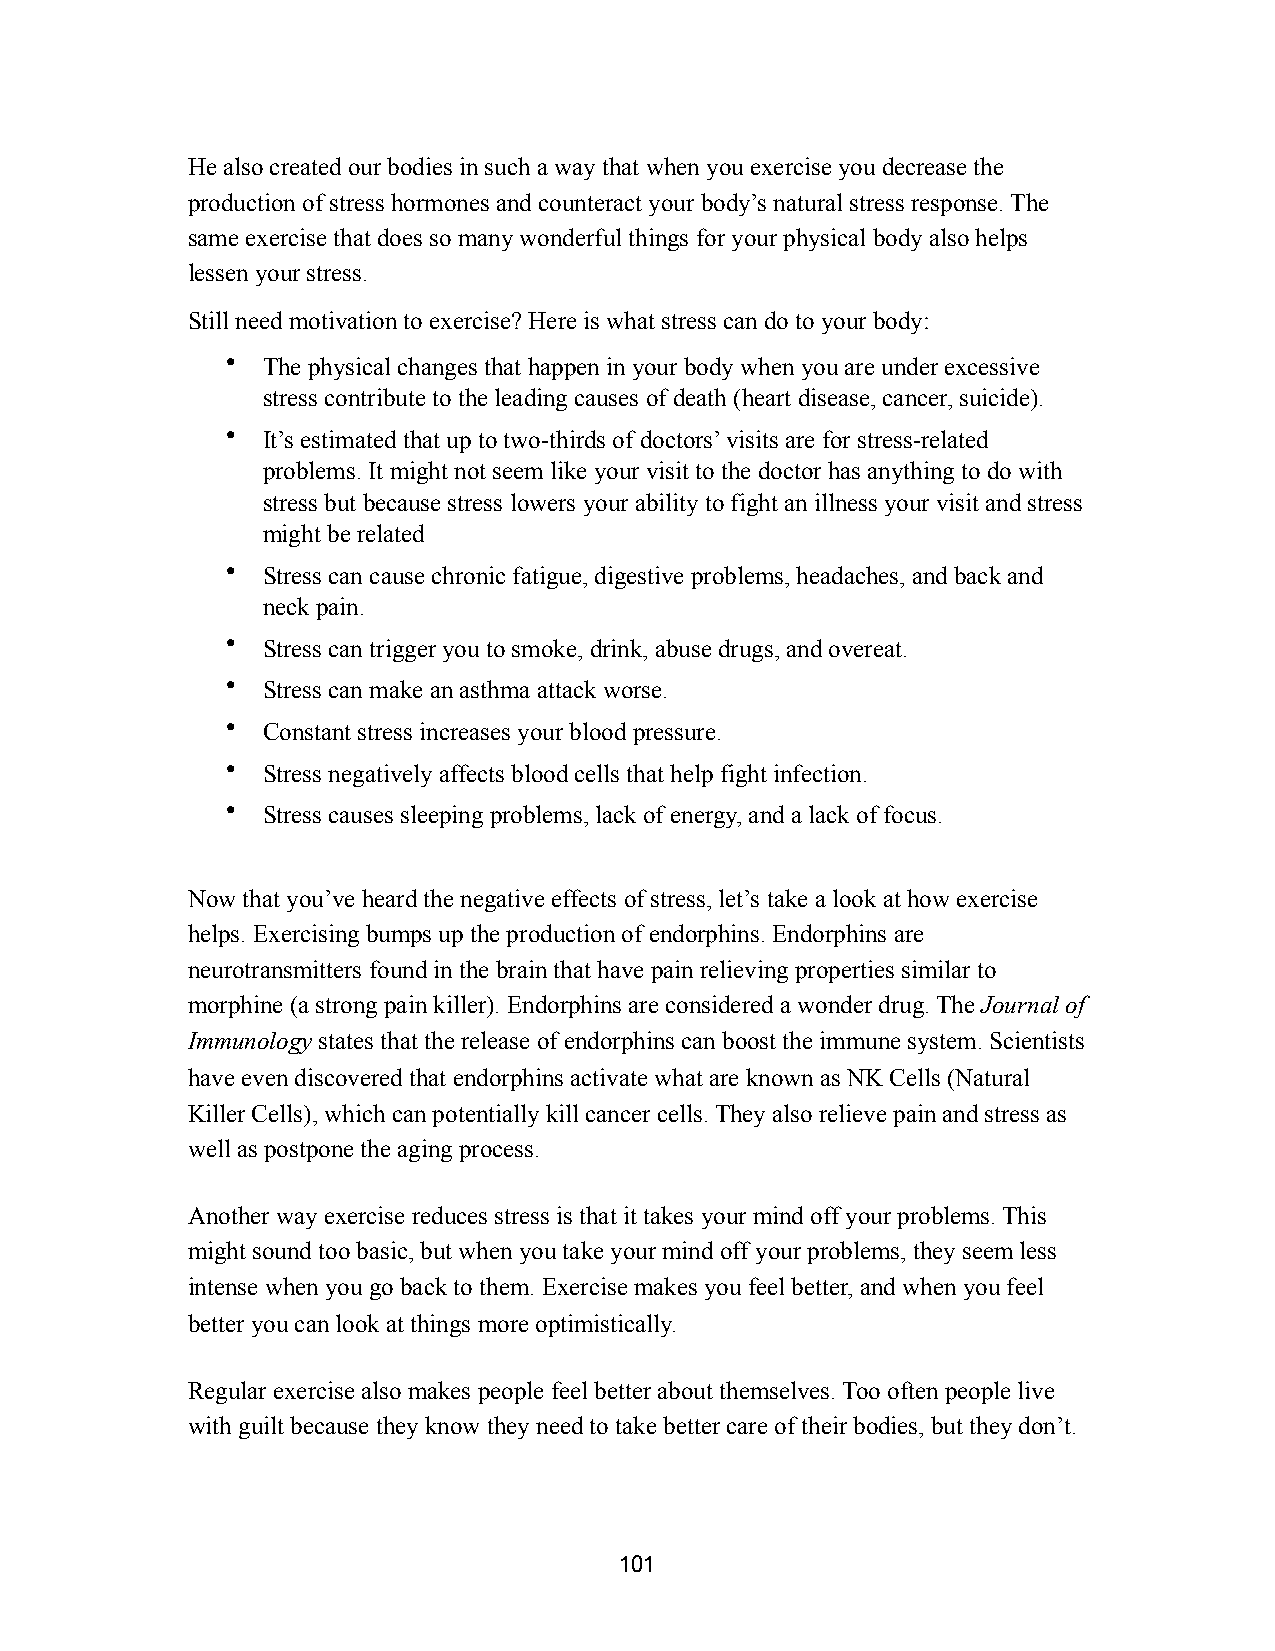
He also created our bodies in such a way that when you exercise you decrease the
 production of stress hormones and counteract your body’s natural stress response. The
 same exercise that does so many wonderful things for your physical body also helps
 lessen your stress.
 Still need motivation to exercise? Here is what stress can do to your body:
 • The physical changes that happen in your body when you are under excessive
 stress contribute to the leading causes of death (heart disease, cancer, suicide).
 • It’s estimated that up to two-thirds of doctors’ visits are for stress-related
 problems. It might not seem like your visit to the doctor has anything to do with
 stress but because stress lowers your ability to fight an illness your visit and stress
 might be related
 • Stress can cause chronic fatigue, digestive problems, headaches, and back and
 neck pain.
 • Stress can trigger you to smoke, drink, abuse drugs, and overeat.
 • Stress can make an asthma attack worse.
 • Constant stress increases your blood pressure.
 • Stress negatively affects blood cells that help fight infection.
 • Stress causes sleeping problems, lack of energy, and a lack of focus.
 Now that you’ve heard the negative effects of stress, let’s take a look at how exercise
 helps. Exercising bumps up the production of endorphins. Endorphins are
 neurotransmitters found in the brain that have pain relieving properties similar to
 morphine (a strong pain killer). Endorphins are considered a wonder drug. The Journal of
 Immunology states that the release of endorphins can boost the immune system. Scientists
 have even discovered that endorphins activate what are known as NK Cells (Natural
 Killer Cells), which can potentially kill cancer cells. They also relieve pain and stress as
 well as postpone the aging process.
 Another way exercise reduces stress is that it takes your mind off your problems. This
 might sound too basic, but when you take your mind off your problems, they seem less
 intense when you go back to them. Exercise makes you feel better, and when you feel
 better you can look at things more optimistically.
 Regular exercise also makes people feel better about themselves. Too often people live
 with guilt because they know they need to take better care of their bodies, but they don’t.
 101